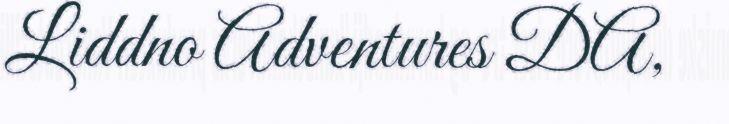
Liddno Adventures DA,